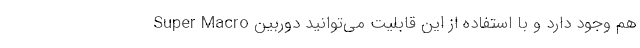
Super Macro هم وجود دارد و با استفاده از این قابلیت می‌توانید دوربین